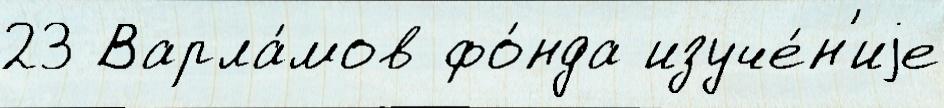
23 Варла́мов фо́нда изуче́н'иjе